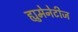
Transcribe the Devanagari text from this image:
ह्युमेनेटीज